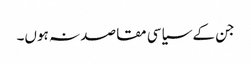
جن کے سیاسی مقاصد نہ ہوں۔